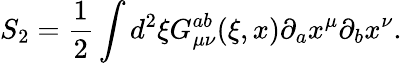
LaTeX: S_{2}=\frac{1}{2}\int d^{2}\xi G_{\mu\nu}^{ab}(\xi,x)\partial_{a}x^{\mu}\partial_{b}x^{\nu}.